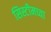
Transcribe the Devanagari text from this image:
सिस्टीमच्या